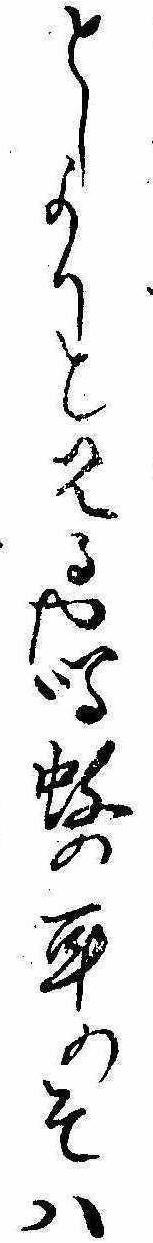
としよりと見るや鳴蚊の耳のそは